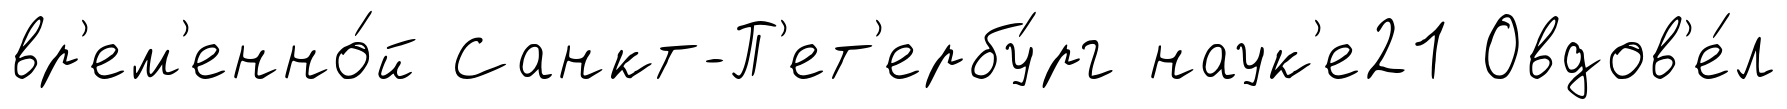
вр'ем'енно́й Санкт-П'ет'ербу́рг наук'е21 Овдов'е́л